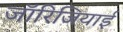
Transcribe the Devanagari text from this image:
जॉरिजियाई